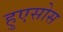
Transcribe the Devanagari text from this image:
हुएसोस